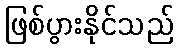
ဖြစ်ပွားနိုင်သည်